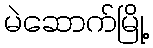
မဲဆောက်မြို့